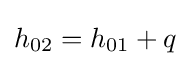
h_{02}=h_{01}+q